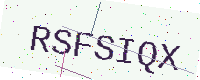
Text: RSFSIQX